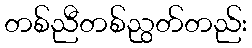
တစ်ညီတစ်ညွတ်တည်း